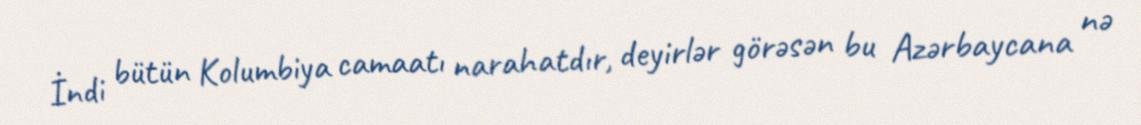
İndi bütün Kolumbiya camaatı narahatdır, deyirlər görəsən bu Azərbaycana nə